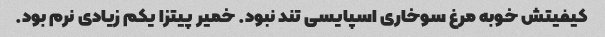
کیفیتش خوبه مرغ سوخاری اسپایسی تند نبود. خمیر پیتزا یکم زیادی نرم بود.